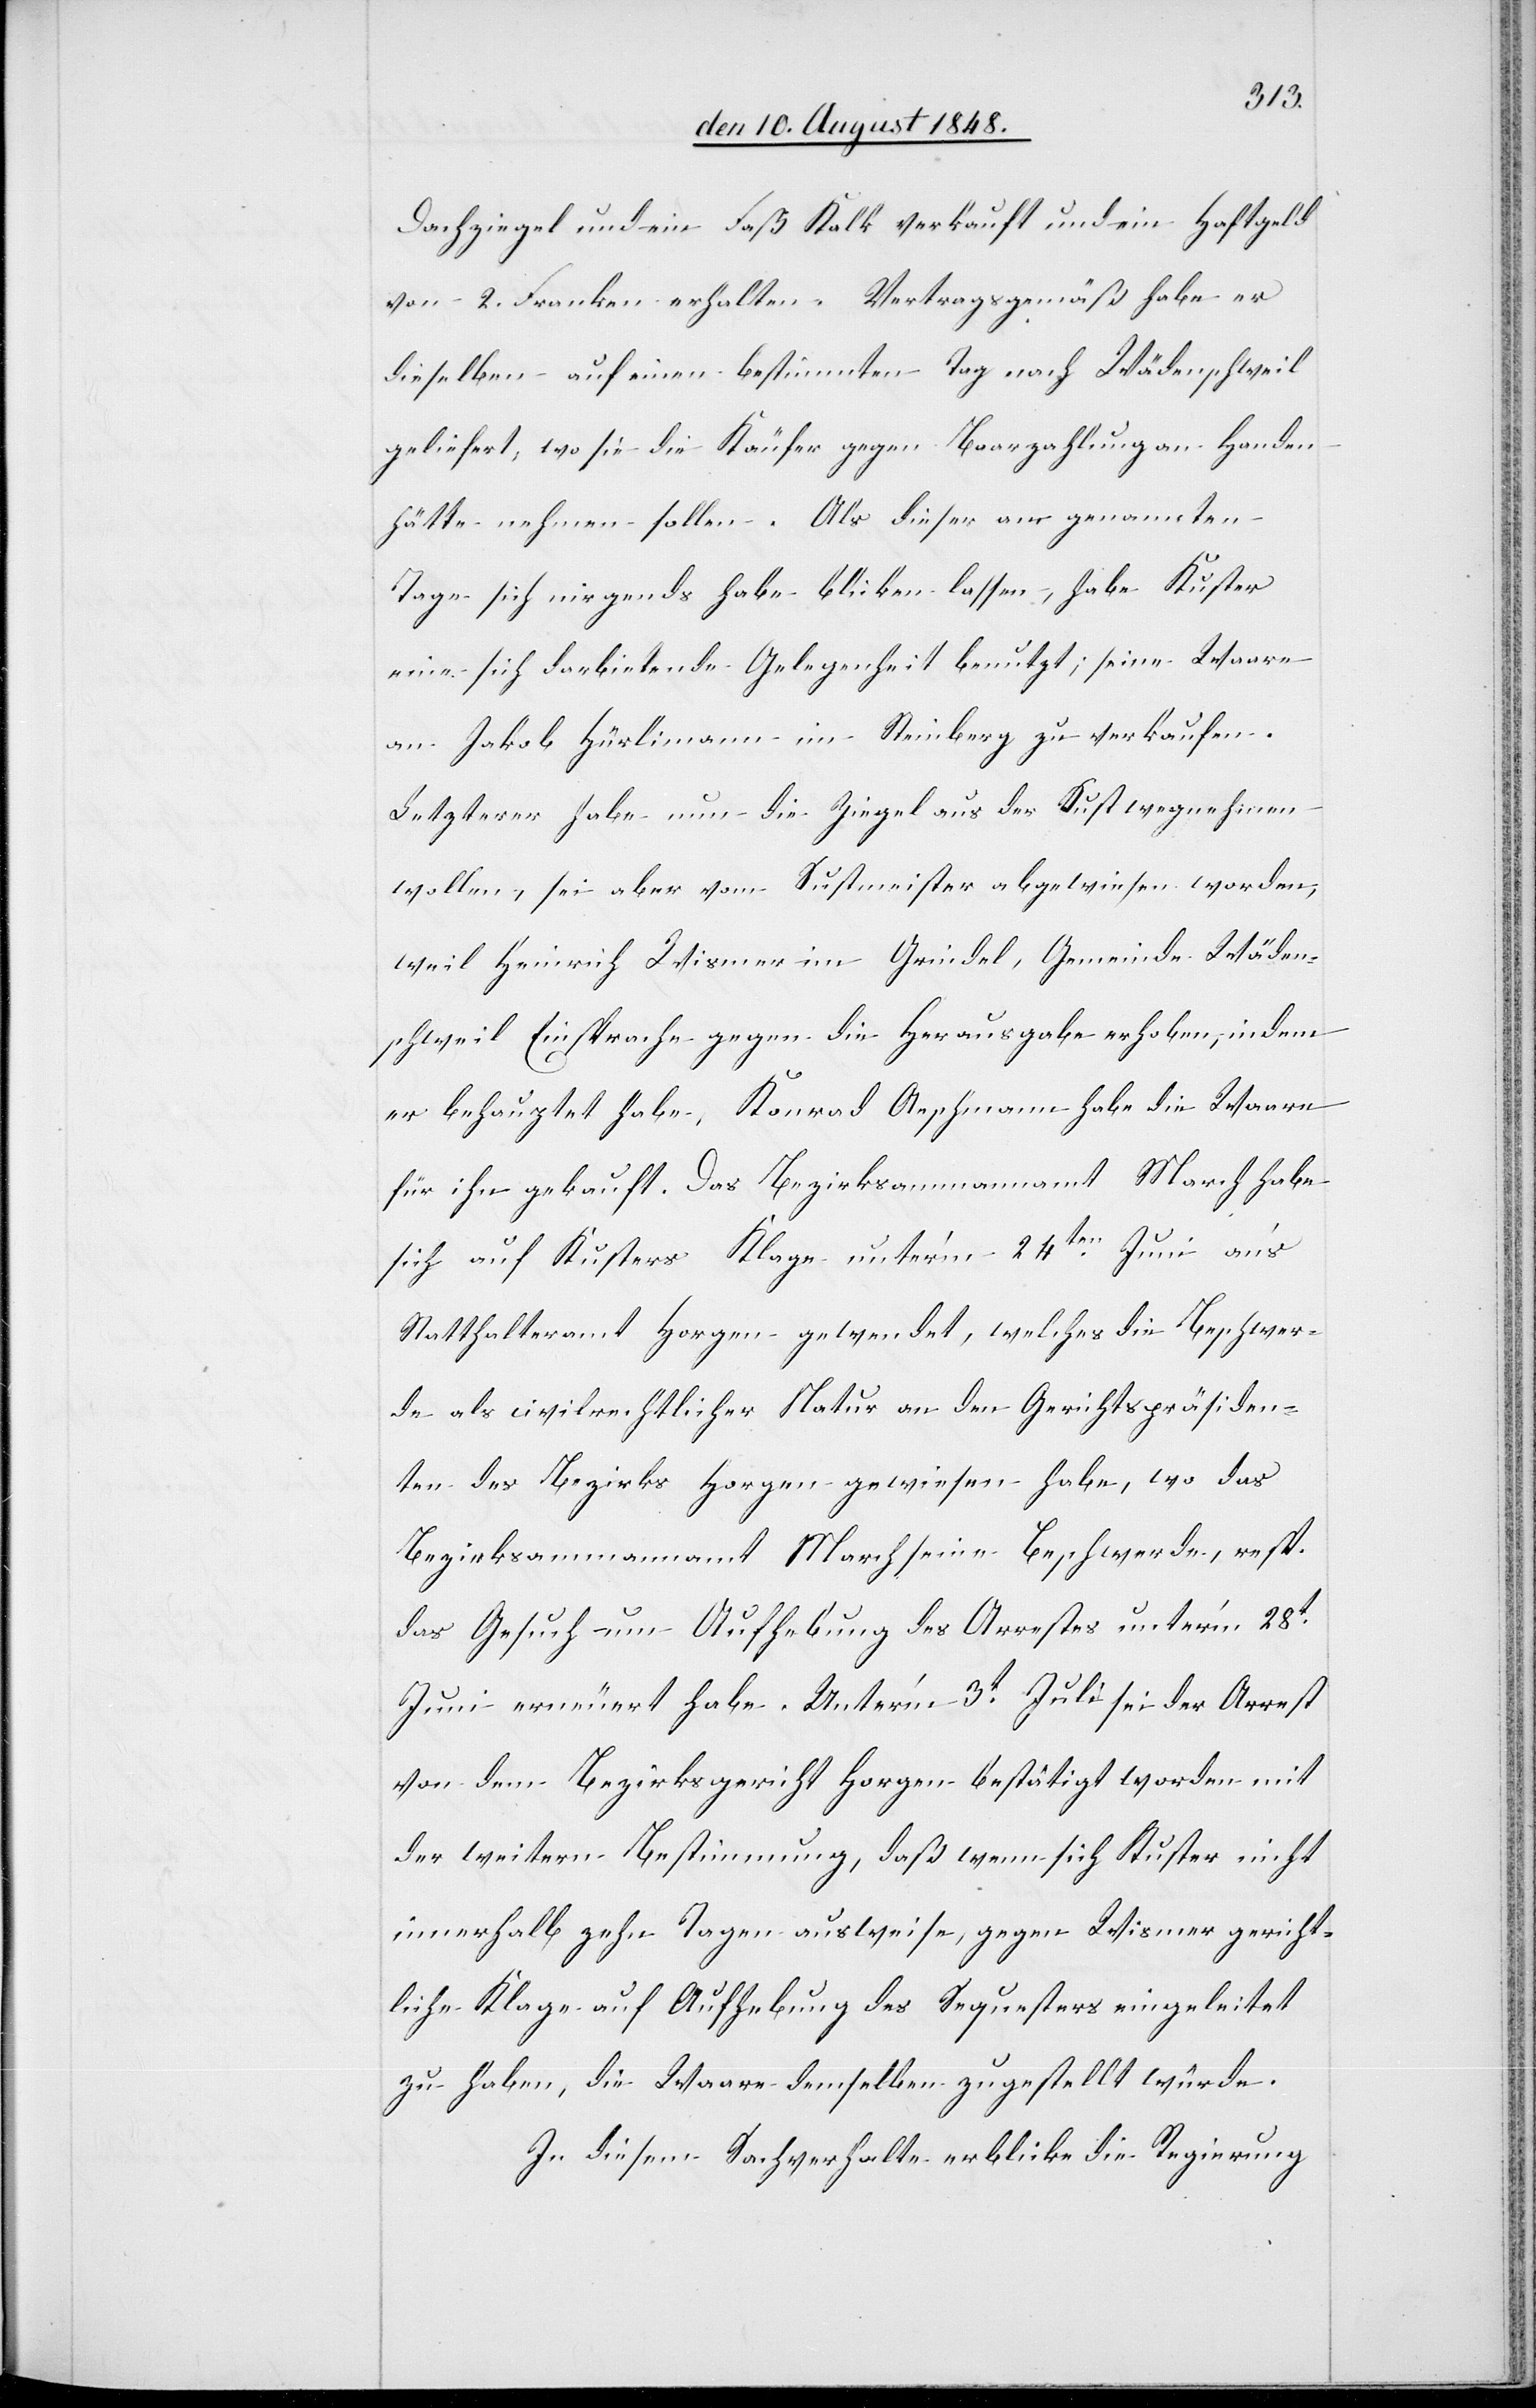
Dachziegel und ein Faß Kalk verkauft und ein Haftgeld
von 2. Frkn. erhalten. Vertragsgemäß habe er
dieselben auf einen bestimmten Tag nach Wädenschweil
geliefert, wo sie die Käufer gegen Baarzahlung an Handen
hätte nehmen sollen. Als dieser am genannten
Tage sich nirgends habe blicken lassen, habe Kuster
eine sich darbietende Gelegenheit benutzt, seine Waare
an Jakob Hürlimann in Steinberg zu verkaufen.
Letzterer habe nun die Ziegel aus der Sust wegnehmen
wollen, sei aber vom Sustmeister abgewiesen worden,
weil Heinrich Wismer im Grindel, Gemeinde Wäden¬
schweil Einsprache gegen die Herausgabe erhoben, indem
er behauptet habe, Konrad Aeschmann habe die Waare
für ihn gekauft. Das Bezirksammannamt March habe
sich auf Kusters Klage unter’m 24ten Juni an’s
Statthalteramt Horgen gewendet, welches die Beschwer¬
de als civilrechtlicher Natur an den Gerichtspräsiden¬
ten des Bezirks Horgen gewiesen habe, wo das
Bezirksammannamt March seine Beschwerde, resp.
das Gesuch um Aufhebung des Arrestes unter’m 28t
Juni erneuert habe. Unter’m 3t Juli sei der Arrest
von dem Bezirksgericht Horgen bestätigt worden mit
der weitern Bestimmung, daß wenn sich Kuster nicht
innerhalb zehn Tagen ausweise, gegen Wismer gericht¬
liche Klage auf Aufhebung des Sequesters eingeleitet
zu haben, die Waare demselben zugestellt würde.
In diesem Sachverhalte erblicke die Regierung